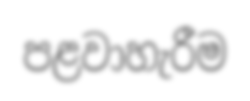
පළවාහැරීම